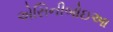
એસિનીબોઇઆ